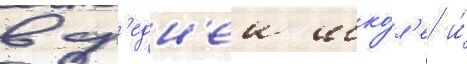
в ср'едн'еи шко́л'е и́